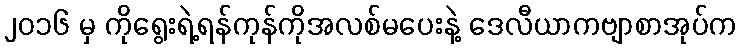
၂၀၁၆ မှ ကိုရွေးရဲ့ရန်ကုန်ကိုအလစ်မပေးနဲ့ ဒေလီယာကဗျာစာအုပ်က